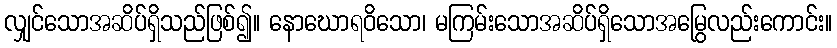
လျှင်သောအဆိပ်ရှိသည်ဖြစ်၍။ နောဃောရဝိသော၊ မကြမ်းသောအဆိပ်ရှိသောအမြွေလည်းကောင်း။